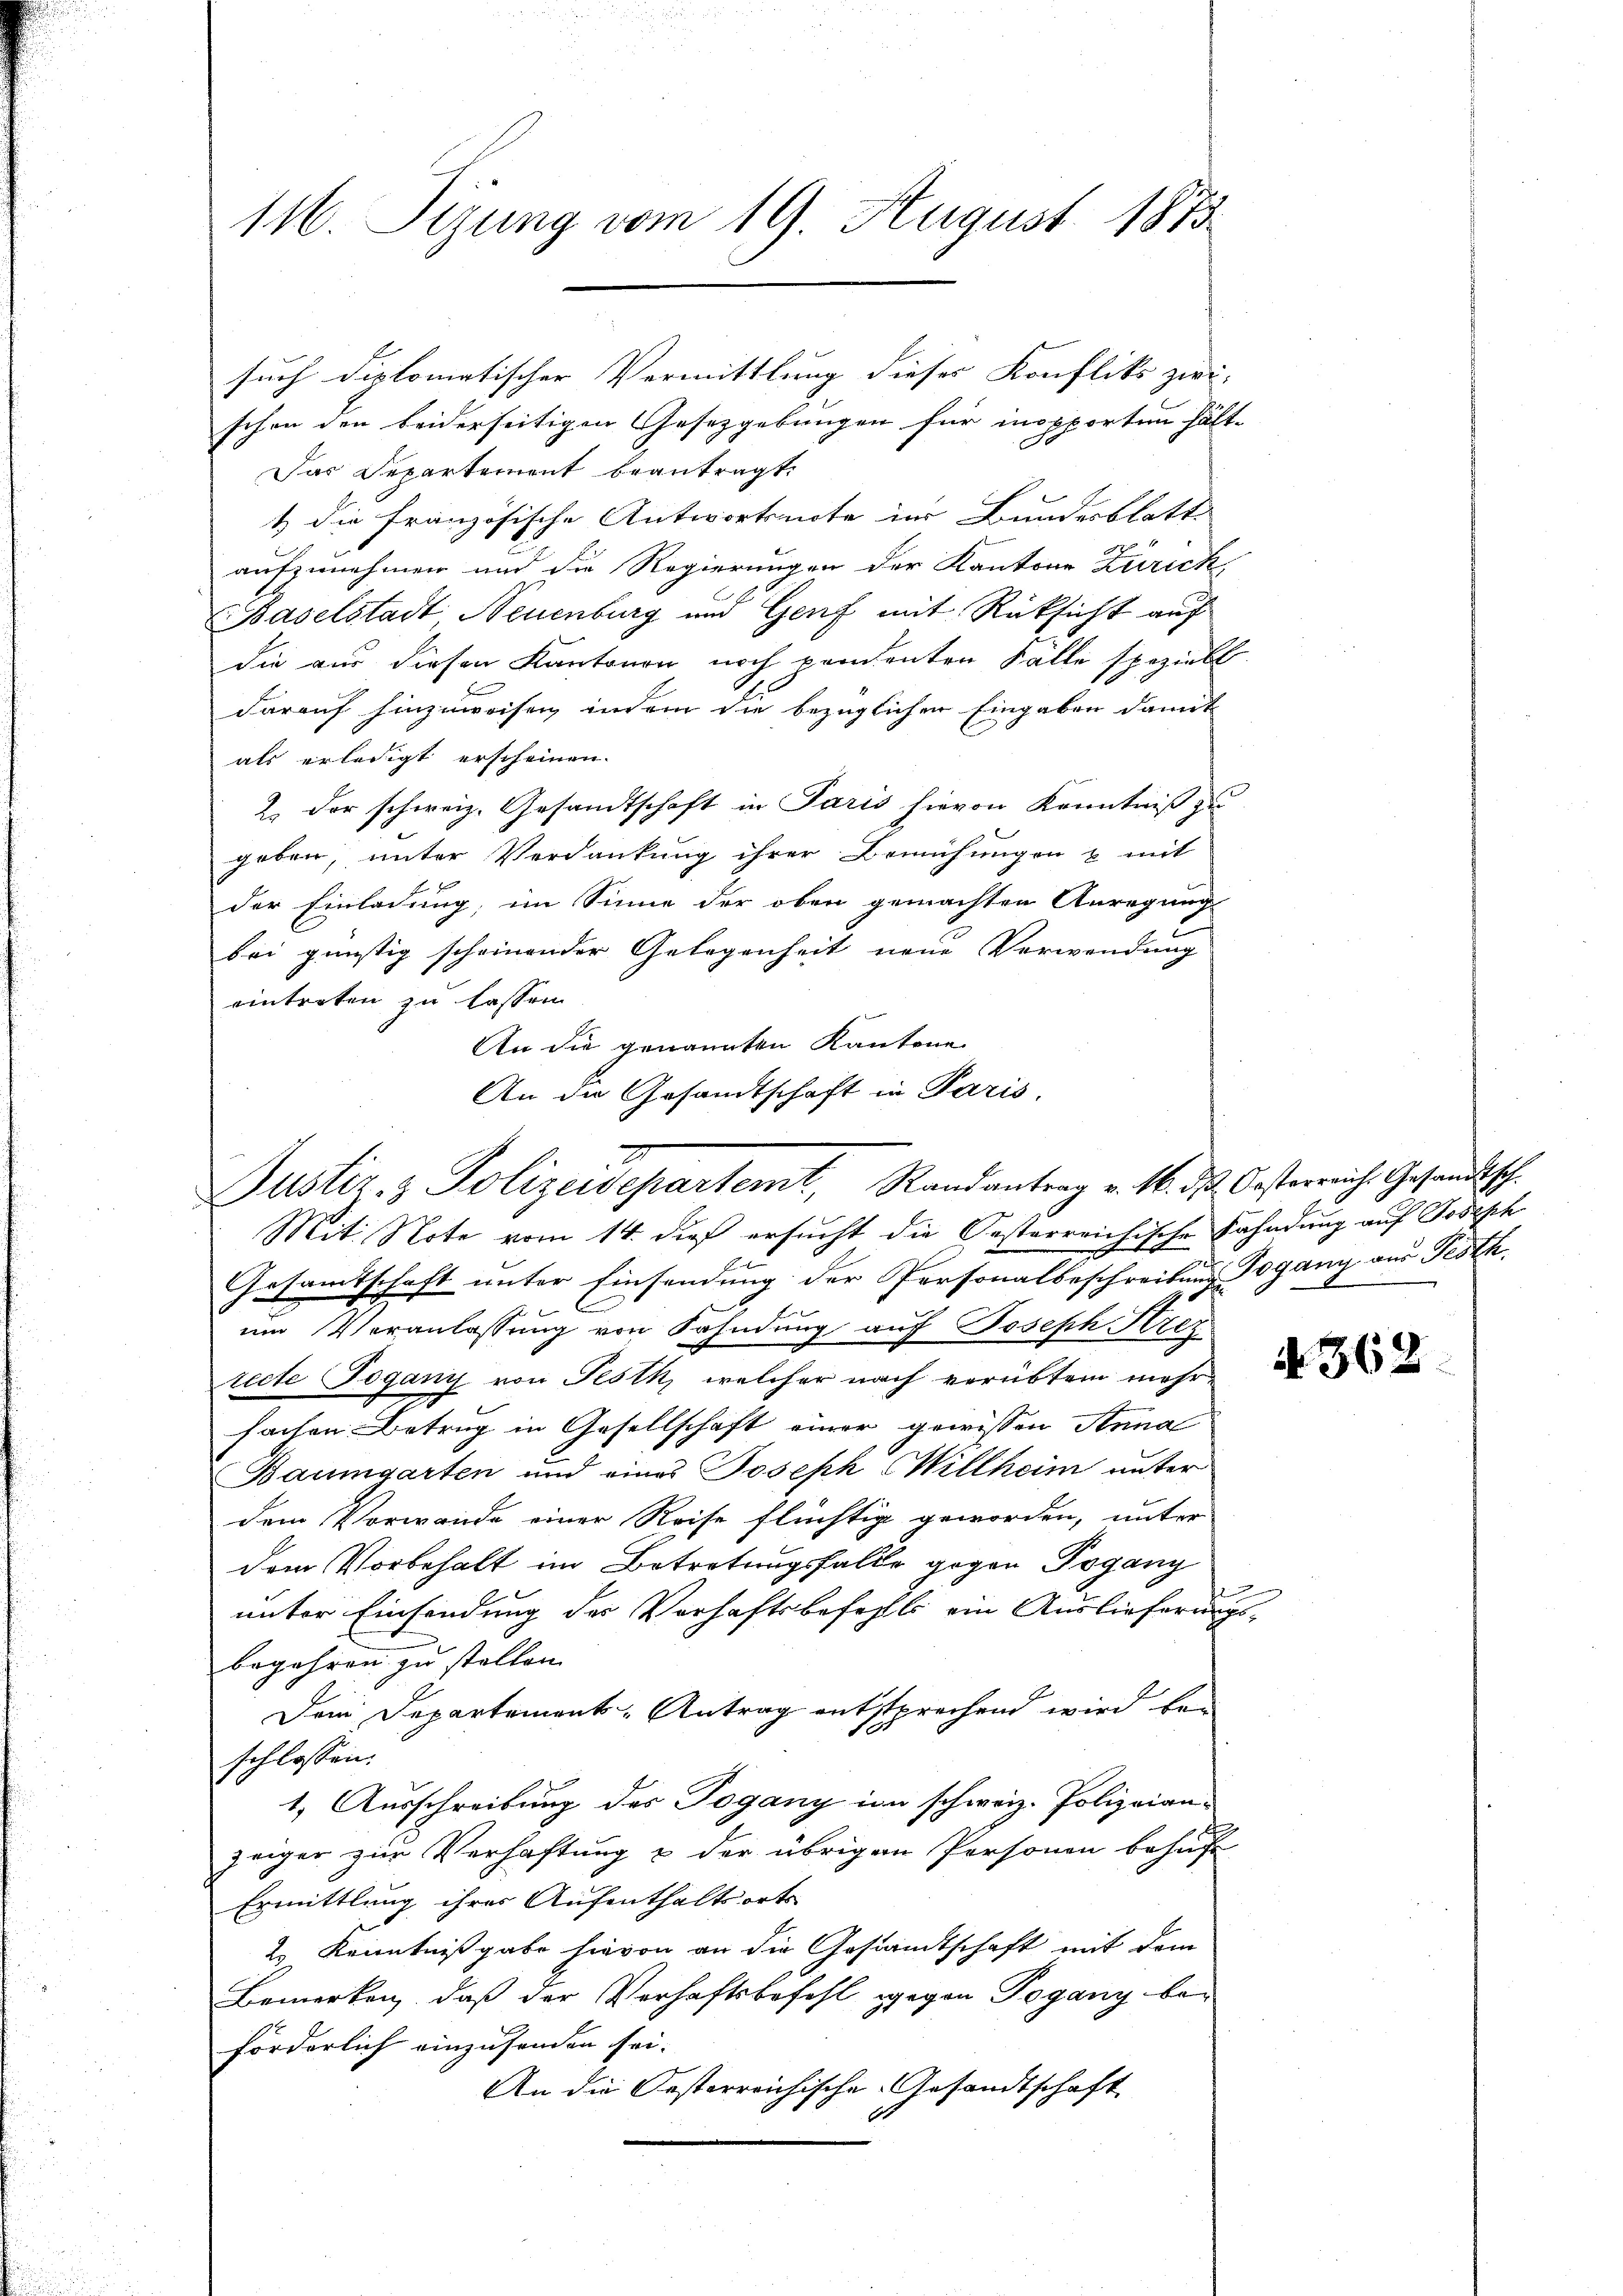
116. Seiung vom 19. August 1873.

schon den beiderseitigen Gesetzgebungen für inopporten hält-
dar Departement beantragt.
1 die französische Antwortsnote in Bundesblatt
aufzunehmen und die Regierungen der Kantone Zürich
Baselstadt Neuenburg und Genf mit Rücksicht auf
die aus diesen Kantonen noch pendenten Fälle speziell.
darauf hinzuweisen, indem die bezüglichen Eingaben damit
als erledigt erscheinen.
2. Der schweiz. Gesandtschaft in Paris hievon Kenntniß zu
geben, unter Verdankung ihrer Bemühungen & mit
der Einladung, im Sinne der oben gemachten Anregung
bei günstig scheinender Gelegenheit neue Verwendung
eintreten zu lassen.
Mit. Note vom 14. dieß ersucht die Oesterrei
eter
e
Gesamtschaft unter Einsendung der Personalbeschreibung Togany aus Festk
um Veranlassung von Fahndung auf Joseph Strez
recte Toganz von Festh, welcher nach verübten mehrfachen Betrug in Gesellschaft einer gewissen Anna
Baumgarten und eines Joseph Willheim unter
dem Vorwande einer Reise flüchtig geworden, unter
dem Vorbehalt im Betretungsfalle gegen Togany
2
unter Einsendung des Verhaftsbefehls ein Auslieferungs-
begehren zu stellen.
Dein Departements-Antrag entsprechend wird bei
schlossen:
1. Ausschreibung des Togany im schweiz. Polizeianzeiger zur Verhaftung & der übrigen Personen behuf
Ermittlung ihres Aufenthaltsorts
2s Kenntnißgabe hievon an die Gesandtschaft mit dem
Bemerken, daß der Verhaftsbefehl gegen Togang beförderlich einzusenden sei.
An die Oesterreichische Gesandtschaft

such diplomatischer Vermittlung dieser Konflikt zwi-

An die genannten Kantone
An die Gesandtschaft in Paris.
Justiz- & Polizeidepartemt, Randantrag v. M. dß. Oesterreich. Gesandtische

Fahndung auf Joseph

4362